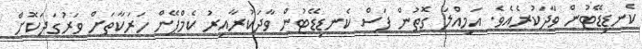
ކެނޑިޑޭޓުން ވާދަކުރެއެވެ. އަމިއްލަ ގޮތުން ފަސް ކެނޑިޑޭޓުން ވާދަކުރާއިރު ކެމްޕޭން ހަރަކާތަށް ވަރުގަދަކޮށް